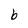
Character: b